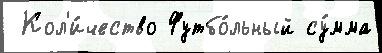
 Кол'и́чество Футбо́льный су́мма